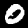
Label: 0